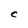
Character: C